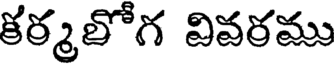
కర్మలోగ వివరము